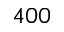
4 0 0